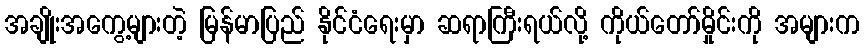
အချိုးအကွေ့များတဲ့ မြန်မာပြည် နိုင်ငံရေးမှာ ဆရာကြီးရယ်လို့ ကိုယ်တော်မှိုင်းကို အများက